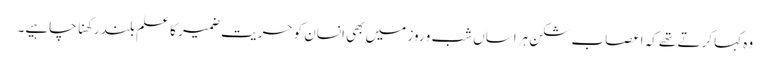
وہ کہا کرتے تھے کہ اعصاب شکن ہراساں شب و روز میں بھی انسان کو حریت ضمیر کا علم بلند رکھنا چاہیے۔